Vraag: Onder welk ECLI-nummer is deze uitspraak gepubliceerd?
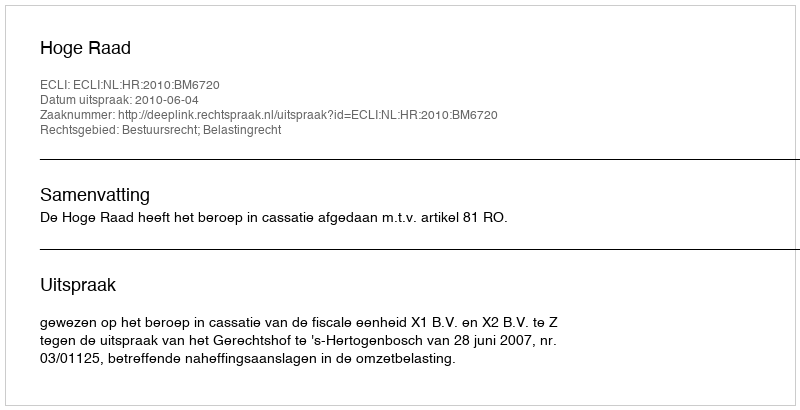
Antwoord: ECLI:NL:HR:2010:BM6720